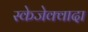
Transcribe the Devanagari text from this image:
स्केजेक्वादा